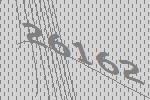
26162